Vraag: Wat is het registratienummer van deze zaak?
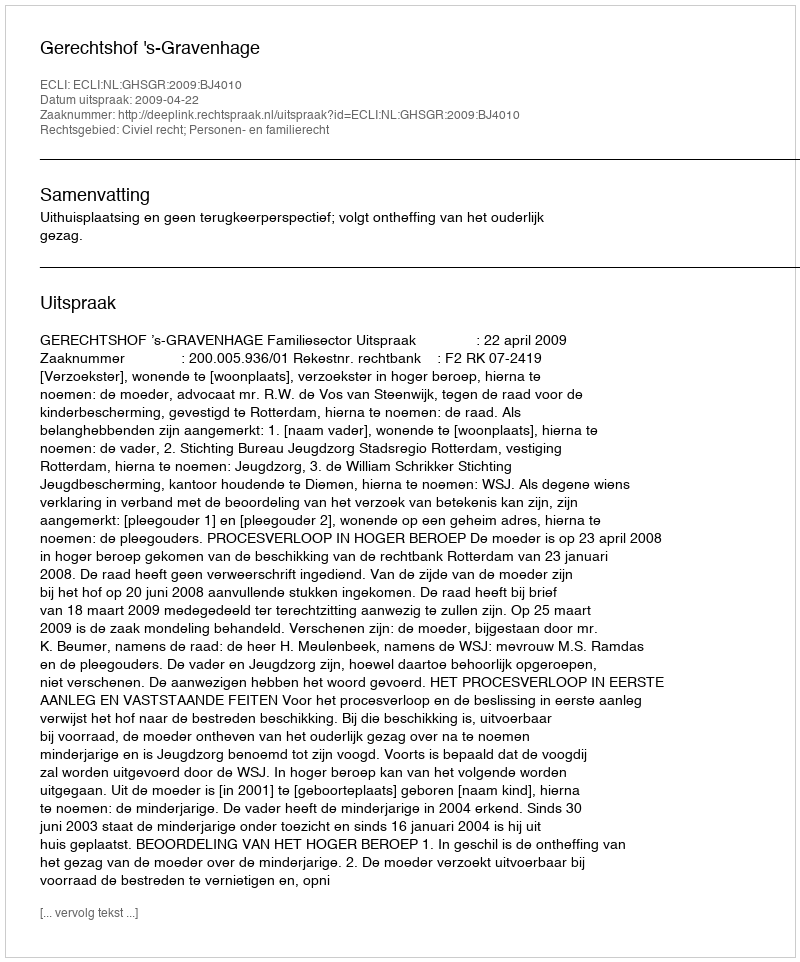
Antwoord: http://deeplink.rechtspraak.nl/uitspraak?id=ECLI:NL:GHSGR:2009:BJ4010